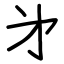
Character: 㐧